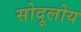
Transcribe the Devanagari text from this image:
सोदूलोय